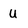
Character: u